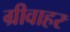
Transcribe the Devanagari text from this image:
ग्रीवाहर